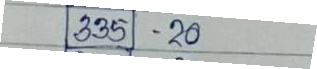
335 - 20